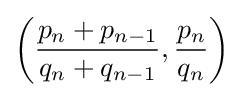
\left({\frac {p_{n}+p_{n-1}}{q_{n}+q_{n-1}}},{\frac {p_{n}}{q_{n}}}\right)\!